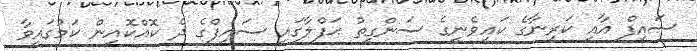
ސައިފް އާއި ކަރީނާގެ ކައިވެނީގެ ސަންގީތު ޙަފްލާގައި ސައިފްގެ ދެ ކޮއްކޮއިން ކަމުގައިވާ